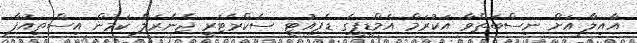
އާއިލާ އަށް ނިސްބަތްވާ އަކުރަމް އެމްޑީޕީގެ ޑެޕިއުޓީ ސެކްރެޓަރީ ޖެނެރަލް ކަމުން އިސްތިއުފާ